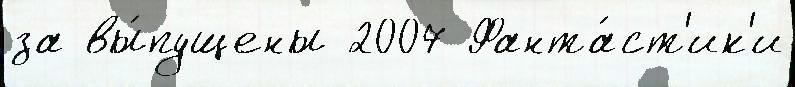
за вы́пущены 2007 Фанта́ст'ик'и